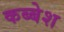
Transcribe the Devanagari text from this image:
कब्बेश